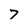
Character: 7